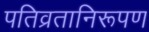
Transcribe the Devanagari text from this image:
पतिव्रतानिरूपण